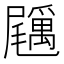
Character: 𡳲